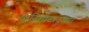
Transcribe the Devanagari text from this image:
ध्वनिशास्त्रदृष्ट्या